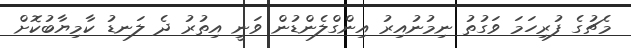
މެޗުގެ ފުރިހަމަ ވަގުތު ނިމުނުއިރު އިންގްލެންޑުން ވަނީ އިތުރު ދެ ލަނޑު ކާމިޔާބުކޮށް